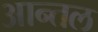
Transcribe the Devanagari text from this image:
आन्तल